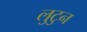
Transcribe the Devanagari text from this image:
लुटुन